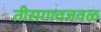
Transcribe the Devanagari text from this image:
तीसगावजवळ